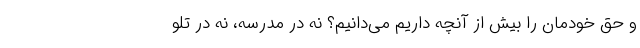
و حق خودمان را بیش از آنچه داریم می‌دانیم؟ نه در مدرسه، نه در تلو